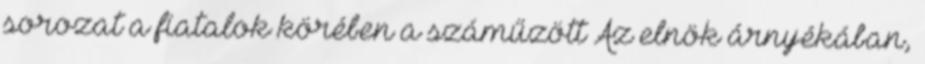
sorozat a fiatalok körében a száműzött Az elnök árnyékában,